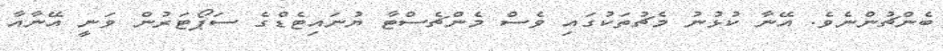
ބެންޗުންނެވެ. އޭނާ ކުޅުނު މެޗުތަކުގައި ވެސް މެންޗެސްޓާ ޔުނައިޓެޑްގެ ސަޕޯޓަރުން ވަނީ އޭނާއާ